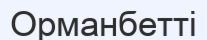
Орманбетті